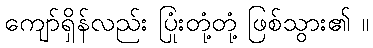
ကျော်ရှိန်လည်း ပြုံးတုံ့တုံ့ ဖြစ်သွား၏ ။